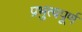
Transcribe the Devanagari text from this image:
प्रभुत्वपूर्ण